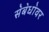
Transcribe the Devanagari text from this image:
स॓ब॓धा॓वर